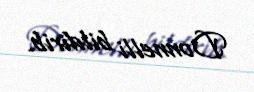
Donnelli bildirib.